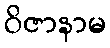
ဝိဇာနာမ